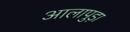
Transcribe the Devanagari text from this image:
आलापुड़ा